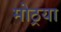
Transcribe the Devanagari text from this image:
मोठ्रया